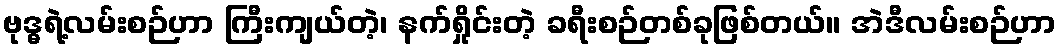
ဗုဒ္ဓရဲ့လမ်းစဉ်ဟာ ကြီးကျယ်တဲ့၊ နက်ရှိုင်းတဲ့ ခရီးစဉ်တစ်ခုဖြစ်တယ်။ အဲဒီလမ်းစဉ်ဟာ